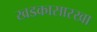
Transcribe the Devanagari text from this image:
खडकासारखा